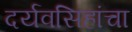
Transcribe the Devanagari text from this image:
दर्यवसिहांचा